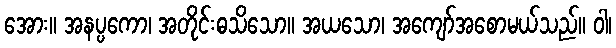
အေား။ အနပ္ပကော၊ အတိုင်းဓသိသော။ အယသော၊ အကျော်အစောမယ်သည်။ ဝါ၊